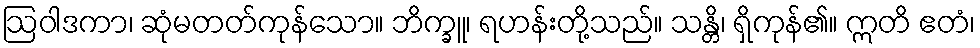
ဩဝါဒကာ၊ ဆုံမတတ်ကုန်သော။ ဘိက္ခူ၊ ရဟန်းတို့သည်။ သန္တိ၊ ရှိကုန်၏။ ဣတိ ဧတံ၊